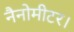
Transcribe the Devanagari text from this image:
नैनोमीटर।